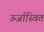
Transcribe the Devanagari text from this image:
ऊर्जास्वित